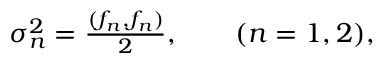
\begin{array} { r } { \sigma _ { n } ^ { 2 } = \frac { ( f _ { n } , f _ { n } ) } { 2 } , \qquad ( n = 1 , 2 ) , } \end{array}